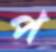
প